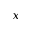
x